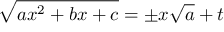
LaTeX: { \sqrt { a x ^ { 2 } + b x + c } } = \pm x { \sqrt { a } } + t